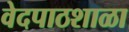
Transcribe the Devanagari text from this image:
वेदपाठशाळा